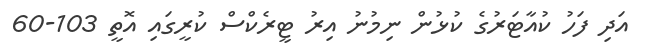
އަދި ފަހު ކުއާޓަރުގެ ކުޅުން ނިމުނު އިރު ޓީރެކްސް ކުރީގައި އޮތީ 103-60